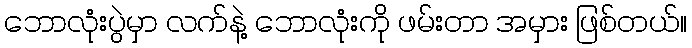
ဘောလုံးပွဲမှာ လက်နဲ့ ဘောလုံးကို ဖမ်းတာ အမှား ဖြစ်တယ်။